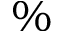
\%